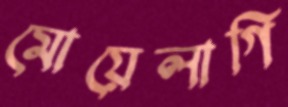
মোয়েলাগি